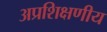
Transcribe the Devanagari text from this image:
अप्रशिक्षणीय